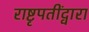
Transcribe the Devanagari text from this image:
राष्टृपतींद्वारा